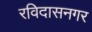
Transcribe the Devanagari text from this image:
रविदासनगर